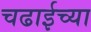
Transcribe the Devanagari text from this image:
चढाईच्या